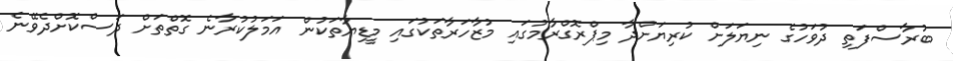
ބުރާސްފަތި ދުވަހުގެ ނިޔަލަށް ކުރިޔަށްދާ މިޕްރޮގްރާމުގައި މުޒާހަރާތަކުގައި މީޑިޔާތަކުން އަމަލުކުރާނެ ގޮތްތަށް ދަސްކޮށްދެވޭނެ